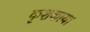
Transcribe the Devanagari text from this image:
कृशकाया